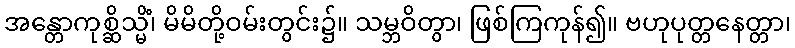
အန္တောကုစ္ဆိသ္မိံ၊ မိမိတို့ဝမ်းတွင်း၌။ သမ္ဘဝိတွာ၊ ဖြစ်ကြကုန်၍။ ဗဟုပုတ္တနေတ္တာ၊